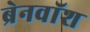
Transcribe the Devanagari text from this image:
ब्रेनवाॅश